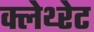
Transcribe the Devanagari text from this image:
क्लेथ्‍रेट